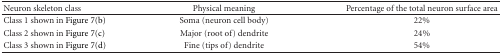
| Neuron skeleton class | Physical meaning | Percentage of the total neuron surface area |
 | --- | --- | --- |
 | Class 1 shown in Figure 7(b) | Soma (neuron cell body) | 22% |
 | Class 2 shown in Figure 7(c) | Major (root of) dendrite | 24% |
 | Class 3 shown in Figure 7(d) | Fine (tips of) dendrite | 54% |